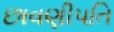
છાવણીપતિ